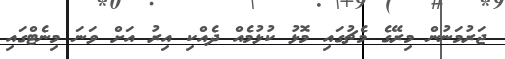
ޖަރުމަނުން މިރޭގެ މެޗުގައި މޮޅު ކުޅުމެއް ދެއްކި އިރު އަށް ވަނަ މިނެޓްގައި